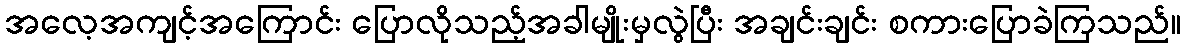
အလေ့အကျင့်အကြောင်း ပြောလိုသည့်အခါမျိုးမှလွဲပြီး အချင်းချင်း စကားပြောခဲကြသည်။